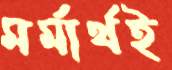
মর্মার্থই